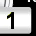
Digit: 1